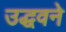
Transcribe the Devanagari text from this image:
उद्धवने